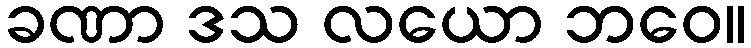
ခဏာ ဒသ လယော ဘဝေ။